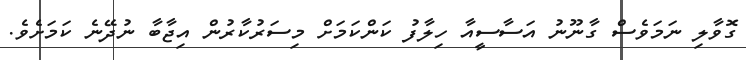
ގޮވާލި ނަމަވެސް ގާނޫނު އަސާސީއާ ހިލާފު ކަންކަމަށް މިސަރުކާރުން އިޖާބާ ނުދޭނެ ކަމަށެވެ.